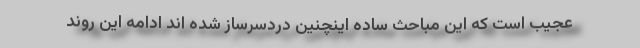
عجیب است که این مباحث ساده اینچنین دردسرساز شده اند ادامه این روند